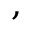
,